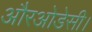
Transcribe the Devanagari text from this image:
औरओडेसी।